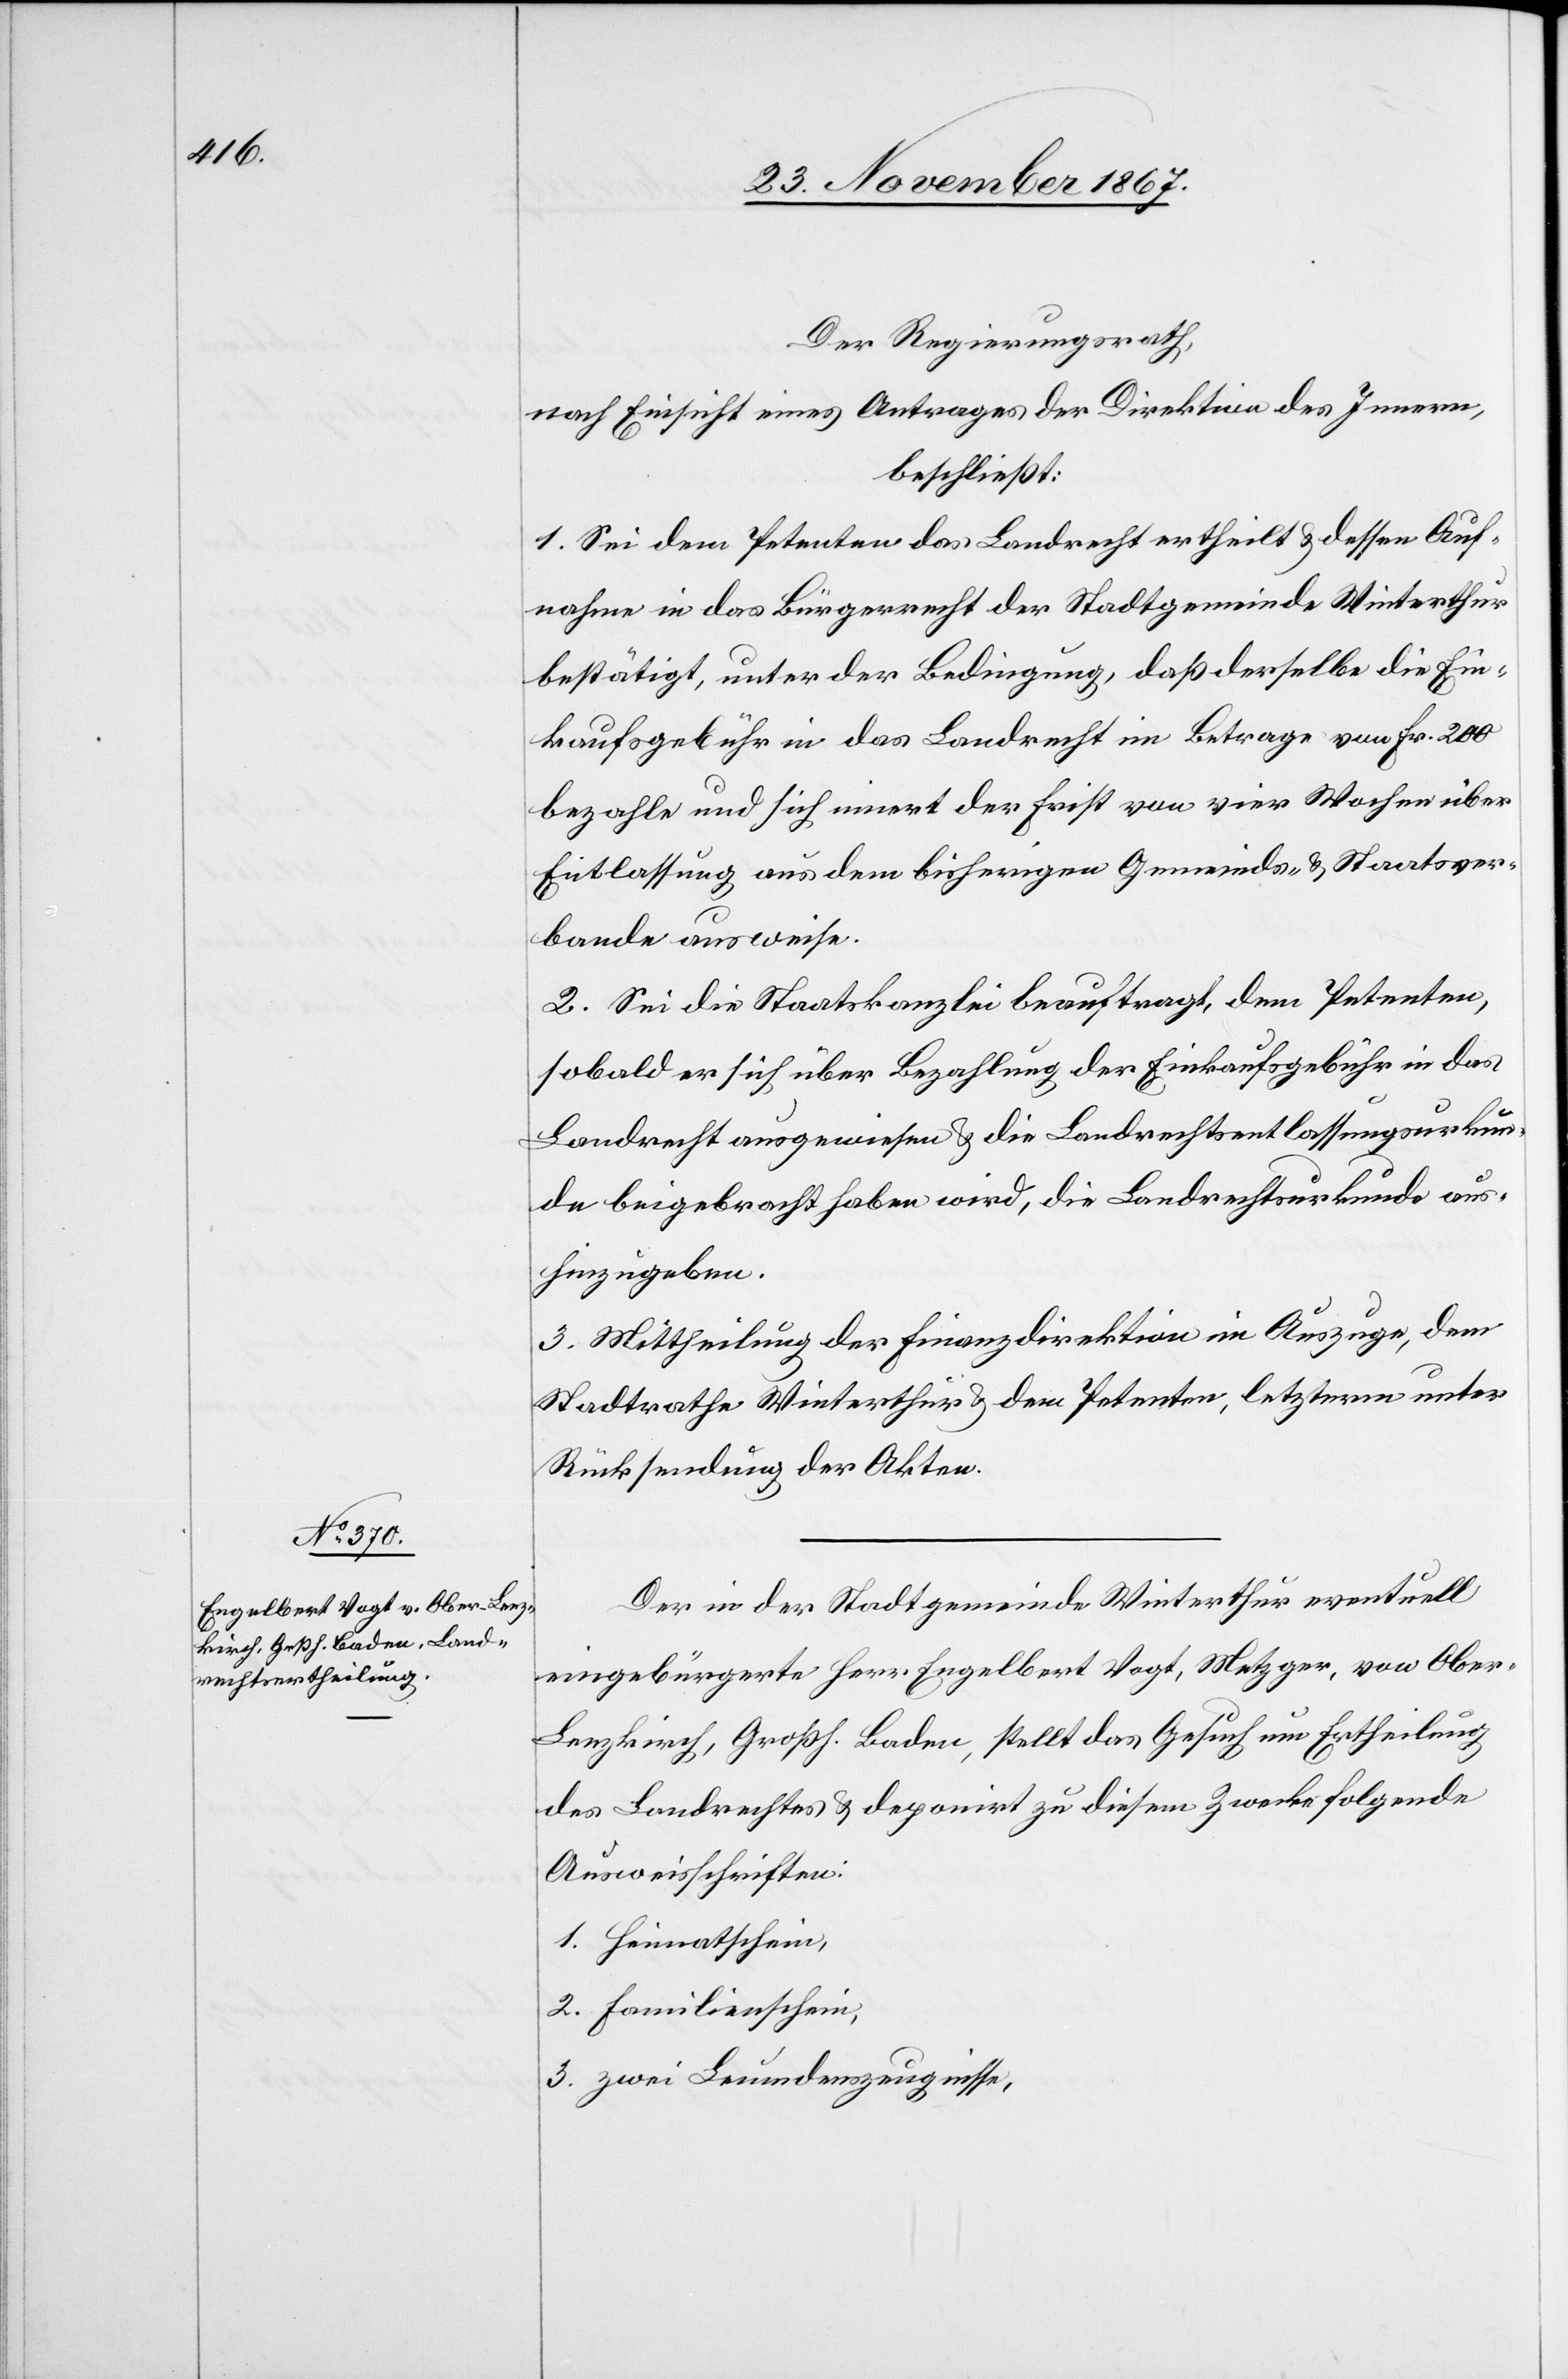
Der Regierungsrath,
nach Einsicht eines Antrages der Direktion des Innern,
beschließt:
1. Sei dem Petenten das Landrecht ertheilt u. dessen Auf¬
nahme in das Bürgerrecht der Stadtgemeinde Winterthur
bestätigt, unter der Bedingung, daß derselbe die Ein¬
kaufsgebühr in das Landrecht im Betrage von Fr. 200
bezahle und sich innert der Frist von vier Wochen über
Entlassung aus dem bisherigen Gemeinds- u. Staatsver¬
bande ausweise.
2. Sei die Staatskanzlei beauftragt, dem Petenten,
sobald er sich über Bezahlung der Einkaufsgebühr in das
Landrecht ausgewiesen u. die Landrechtsentlassungsurkun¬
de beigebracht haben wird, die Landrechtsurkunde aus¬
hinzugeben.
3. Mittheilung der Finanzdirektion im Auszuge, dem
Stadtrathe Winterthur u. dem Petenten, letzterm unter
Rücksendung der Akten.
Der in der Stadtgemeinde Winterthur eventuell
eingebürgerte Herr Engelbert Vogt, Metzger, von Ober-L¬
enzkirch, Großh. Baden, stellt das Gesuch um Ertheilung
des Landrechtes u. deponirt zu diesem Zwecke folgende
Ausweisschriften:
1. Heimatschein,
2. Familienschein,
3. zwei Leumdenszeugnisse,